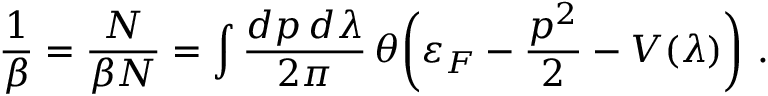
\frac { 1 } { \beta } = \frac { N } { \beta N } = \int \frac { d p \, d \lambda } { 2 \pi } \, \theta \biggl ( \varepsilon _ { F } - \frac { p ^ { 2 } } { 2 } - V ( \lambda ) \biggr ) \ .